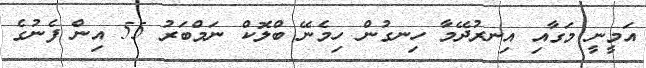
އަމީނީ މަގާއި އިނރުދޭމާ ހިނގުން ހިމެނޭ ބްލޮކް ނަމްބަރު 55 އިން ފެނުގެ